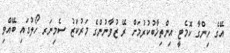
އޭގެ ހިންގާ ކޮމެޓީ އިންތިޚާބުކުރުމަށް ރޭ ޒުވާނުންގެ މަރުކަޒު ސެމިނަރ ހޯލުގައި ބޭއްވި